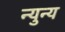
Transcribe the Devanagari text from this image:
न्युन्य